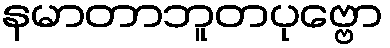
နမာတာဘူတပုဗ္ဗော